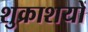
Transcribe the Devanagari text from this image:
शुक्राशयों